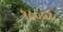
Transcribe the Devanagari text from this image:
१८००१